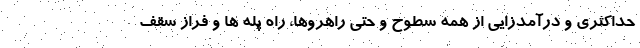
حداکثری و درآمدزایی از همه سطوح و حتی راهروها، راه پله ها و فراز سقف